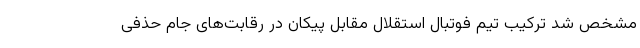
مشخص شد ترکیب تیم فوتبال استقلال مقابل پیکان در رقابت‌های جام حذفی